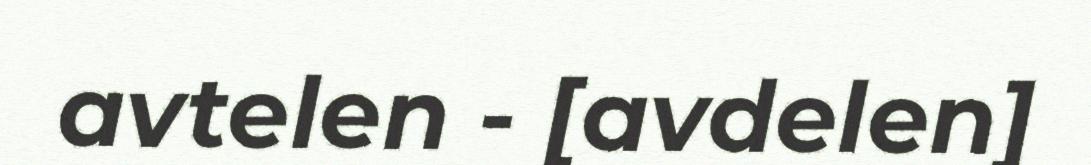
avtelen - [avdelen]